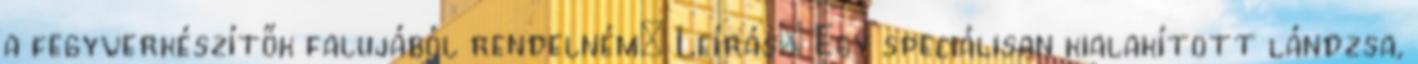
a fegyverkészítők falujából rendelném: Leírás: Egy speciálisan kialakított lándzsa,